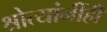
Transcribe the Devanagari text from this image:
श्रोत्यांनींही